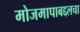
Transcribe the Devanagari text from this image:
मोजमापाबद्दलचा